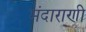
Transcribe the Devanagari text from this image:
मंदाराणी